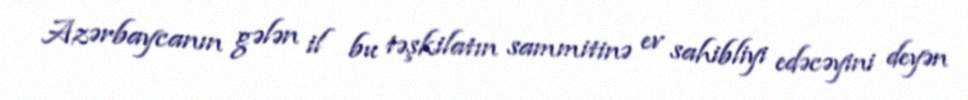
Azərbaycanın gələn il bu təşkilatın sammitinə ev sahibliyi edəcəyini deyən